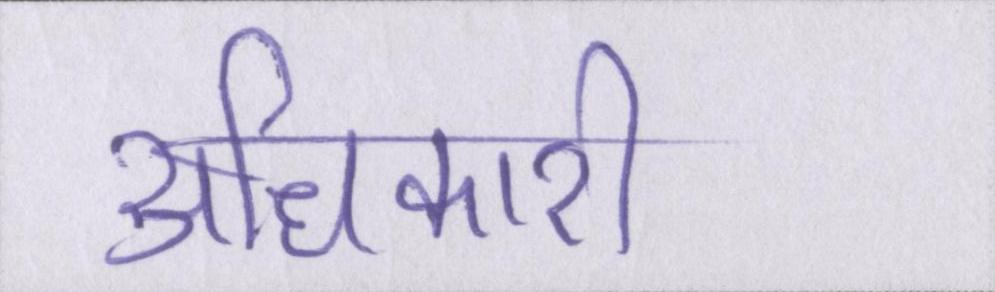
अधिकारी